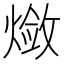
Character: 𬋃